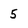
Character: 5